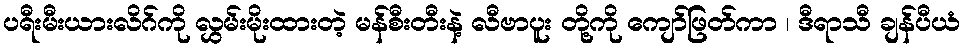
ပရီးမီးယားလိဂ်ကို လွှမ်းမိုးထားတဲ့ မန်စီးတီးနဲ့ လီဗာပူး တို့ကို ကျော်ဖြတ်ကာ ၊ ဒီရာသီ ချန်ပီယံ